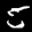
Label: 5